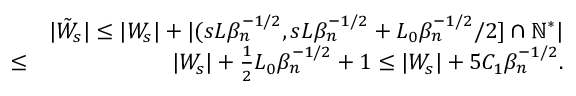
\begin{array} { r l r } & { } & { | \tilde { W } _ { s } | \leq | W _ { s } | + | ( s L \beta _ { n } ^ { - 1 \slash 2 } , s L \beta _ { n } ^ { - 1 \slash 2 } + L _ { 0 } \beta _ { n } ^ { - 1 \slash 2 } \slash 2 ] \cap \mathbb { N } ^ { * } | } \\ & { \leq } & { | W _ { s } | + \frac { 1 } { 2 } L _ { 0 } \beta _ { n } ^ { - 1 \slash 2 } + 1 \leq | W _ { s } | + 5 C _ { 1 } \beta _ { n } ^ { - 1 \slash 2 } . } \end{array}